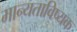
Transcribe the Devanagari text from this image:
मान्यताविष्यक